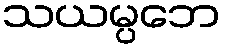
သယမ္ပဘေ